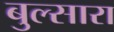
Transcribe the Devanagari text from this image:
बुल्सारा